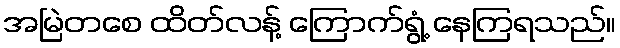
အမြဲတစေ ထိတ်လန့် ကြောက်ရွံ့ နေကြရသည်။